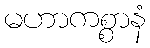
မဟာကစ္စာနံ